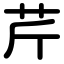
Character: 芹